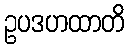
ဥပဒဟထာတိ